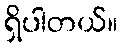
ရှိပါတယ်။